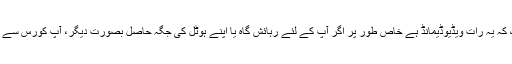
یہاں تک کہ یہ رات ویڈیوڈيمانڈ ہے خاص طور پر اگر آپ کے لئے رہائش گاہ یا اپنے ہوٹل کی جگہ حاصل بصورت دیگر، آپ کورس سے رکھیں ۔